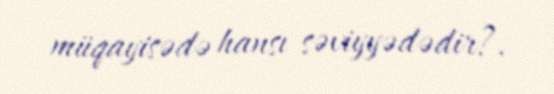
müqayisədə hansı səviyyədədir?.